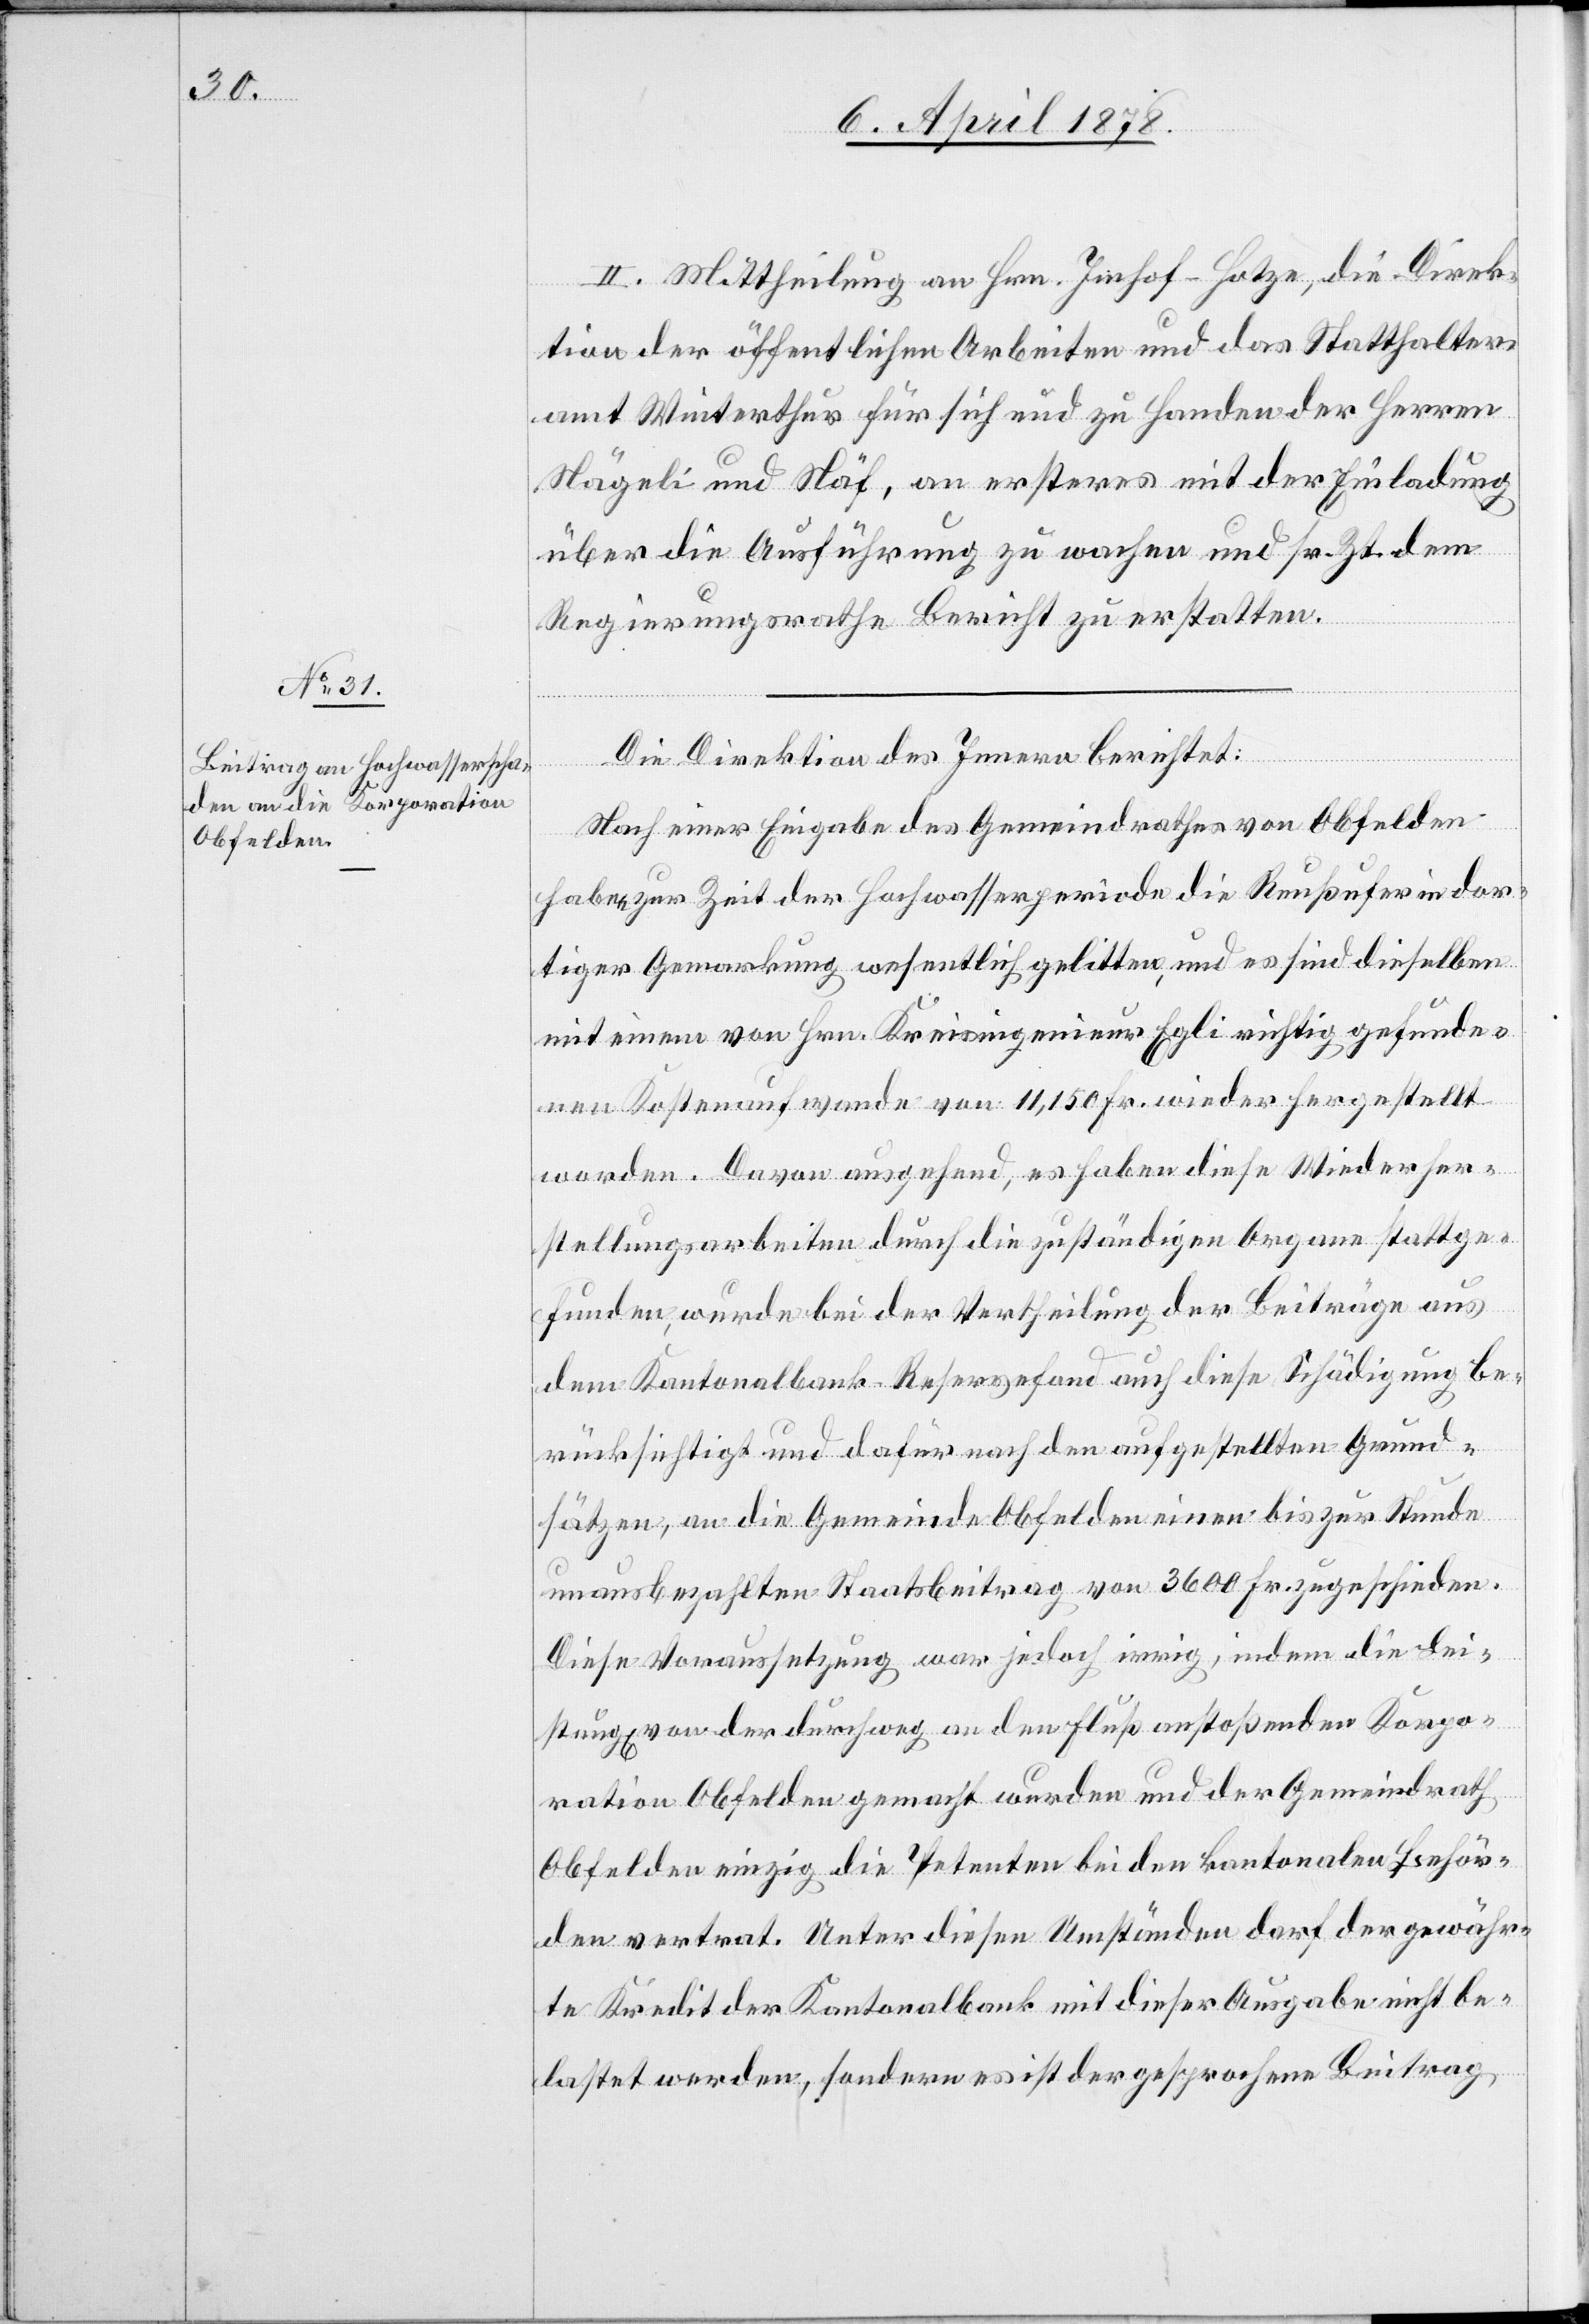
II. Mittheilung an Hrn. Imhof-Hotze, die Direk¬
tion der öffentlichen Arbeiten und das Statthalter¬
amt Winterthur für sich und zu Handen der Herren
Nägeli und Näf, an ersteres mit der Einladung
über die Ausführung zu wachen und sr. Zt. dem
Regierungsrathe Bericht zu erstatten.
Die Direktion des Innern berichtet:
Nach einer Eingabe des Gemeindrathes von Obfelden
haben zur Zeit der Hochwasserperiode die Reußufer in dor¬
tiger Gemarkung wesentlich gelitten, und es sind dieselben
mit einem von Hrn. Kreisingenieur Egli richtig gefunde¬
nen Kostenaufwand von 11,150 Fr. wiederhergestellt
worden. Davon ausgehend, es haben diese Wiederher¬
stellungsarbeiten durch die zuständigen Organe stattge¬
funden, wurde bei der Vertheilung der Beiträge aus
dem Kantonalbank Reservefond auch diese Schädigung be¬
rücksichtigt und dafür nach den aufgestellten Grund¬
sätzen, an die Gemeinde Obfelden einen bis zur Stunde
unausbezahlten Staatsbeitrag von 3600 Fr. zugeschieden.
Diese Voraussetzung war jedoch irrig, indem die Lei¬
stung von der durchweg an den Fluß anstoßenden Korpo¬
ration Obfelden gemacht wurden [sic!] und der Gemeindrath
Obfelden einzig die Petenten bei den kantonalen Behör¬
den vertrat. Unter diesen Umständen darf der gewähr¬
te Kredit der Kantonalbank mit dieser Ausgabe nicht be¬
lastet werden, sondern es ist der gesprochene Beitrag